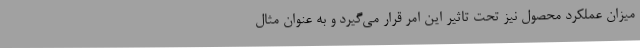
میزان عملکرد محصول نیز تحت تاثیر این امر قرار می‌گیرد و به عنوان مثال